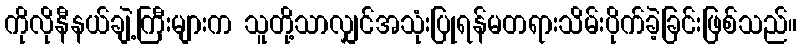
ကိုလိုနီနယ်ချဲ့ကြီးများက သူတို့သာလျှင်အသုံးပြုရန်မတရားသိမ်းပိုက်ခဲ့ခြင်းဖြစ်သည်။